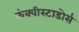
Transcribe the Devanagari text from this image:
कंक्वीस्टाडोर्स